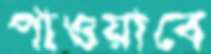
পাওয়াবে